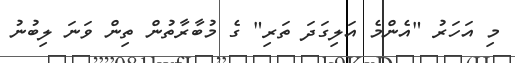
މި އަހަރު "އެންމެ އަލިގަދަ ތަރި" ގެ މުބާރާތުން ތިން ވަނަ ލިބުނު